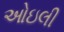
ઓઇલી